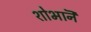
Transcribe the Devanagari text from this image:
शोभानॆ